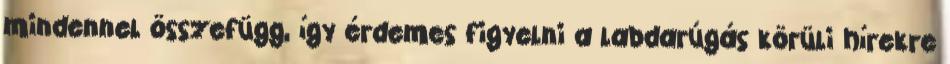
mindennel összefügg, így érdemes figyelni a labdarúgás körüli hírekre